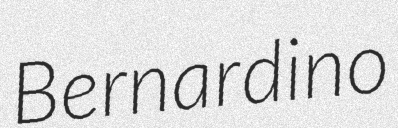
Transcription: Bernardino